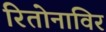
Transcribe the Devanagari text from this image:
रितोनाविर